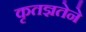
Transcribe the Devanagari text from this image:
कृतज्ञतेने